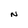
Character: N